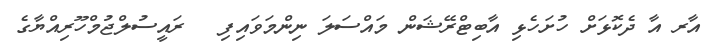
އާރ އާ ދެކޮޅަށް ހުށަހެޅި އާބިޓްރޭޝަން މައްސަލަ ނިންމަވައިފި   ރައީސުލްޖުމްހޫރިއްޔާގެ